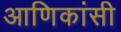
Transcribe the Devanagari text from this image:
आणिकांसी